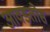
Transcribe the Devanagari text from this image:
आवडतोस